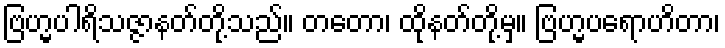
ဗြဟ္မပါရိသဇ္ဇာနတ်တို့သည်။ တတော၊ ထိုနတ်တို့မှ။ ဗြဟ္မပရောဟိတာ၊